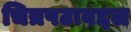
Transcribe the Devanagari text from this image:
चित्रपटाबद्दल